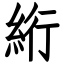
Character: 絎